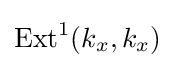
{\text{Ext}}^{1}(k_{x},k_{x})